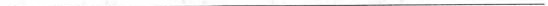
___